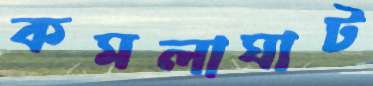
কমলাঘাট